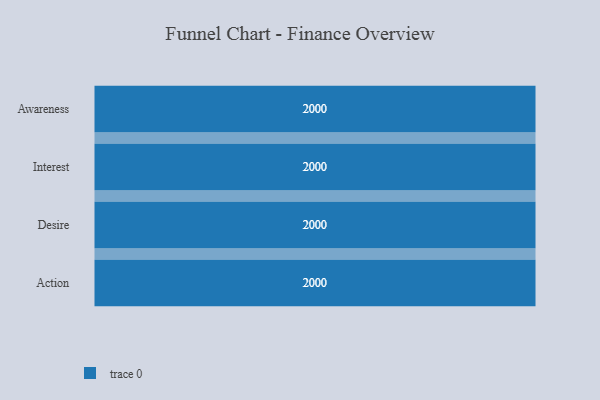
{"axis": {"x": "Stage", "y": "Value"}, "legend": [""], "data": [{"x": "Awareness", "y": 2000, "type": ""}, {"x": "Interest", "y": 2000, "type": ""}, {"x": "Desire", "y": 2000, "type": ""}, {"x": "Action", "y": 2000, "type": ""}]}